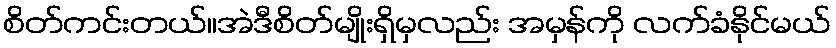
စိတ်ကင်းတယ်။အဲဒီစိတ်မျိုးရှိမှလည်း အမှန်ကို လက်ခံနိုင်မယ်